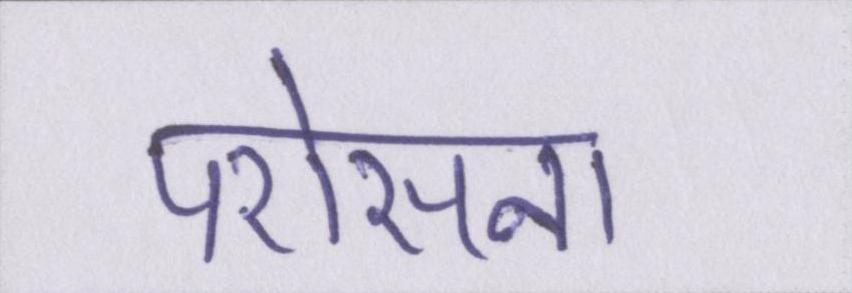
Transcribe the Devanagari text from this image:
परोसना